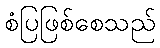
စံပြဖြစ်စေသည်